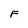
Character: F